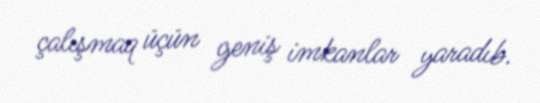
çalışmaq üçün geniş imkanlar yaradıb.